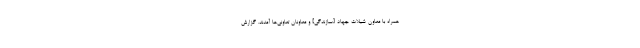
همراه با معاون شیلات جهاد [سازندگی] و معاونان تعاونى‌ها آمدند. گزارش